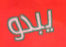
يبدو